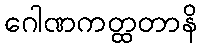
ဂေါဏကတ္ထတာနိ